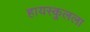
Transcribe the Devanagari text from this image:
हायस्कुलला